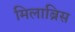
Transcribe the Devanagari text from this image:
मिलाब्रिस